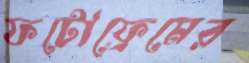
ফটোফ্রেমের